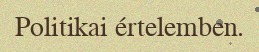
Politikai értelemben.